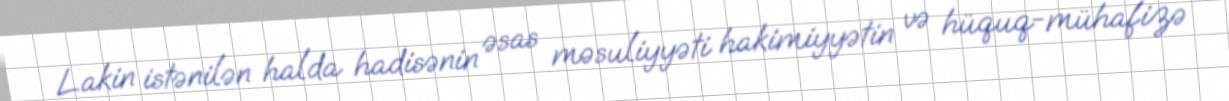
Lakin istənilən halda hadisənin əsas məsuliyyəti hakimiyyətin və hüquq-mühafizə